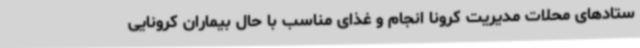
ستادهای محلات مدیریت کرونا انجام و غذای مناسب با حال بیماران کرونایی